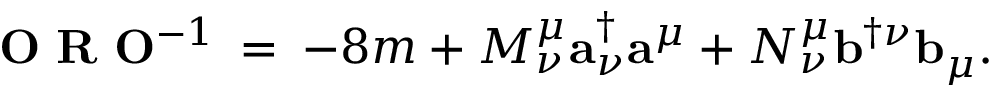
{ \mathbf O } \, \, { \mathbf R } \, \, { \mathbf O } ^ { - 1 } \: = \: - 8 m + { \cal M } _ { \nu } ^ { \mu } { \mathbf a } _ { \nu } ^ { \dagger } { \mathbf a } ^ { \mu } + { \cal N } _ { \nu } ^ { \mu } { \mathbf b } ^ { \dagger \nu } { \mathbf b } _ { \mu } .